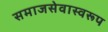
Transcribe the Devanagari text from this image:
समाजसेवास्वरूप